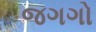
જગગો